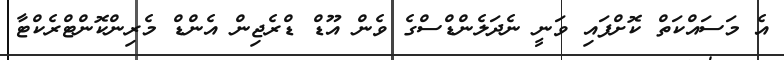
އެ މަސައްކަތް ކޮށްފައި ވަނީ ނެދަލެންޑްސްގެ ވެން އޫޑް ޑްރެޖިން އެންޑް މެރިންކޮންޓްރެކްޓާ